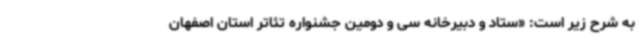
به شرح زیر است: «ستاد و دبیرخانه سی و دومین جشنواره تئاتر استان اصفهان